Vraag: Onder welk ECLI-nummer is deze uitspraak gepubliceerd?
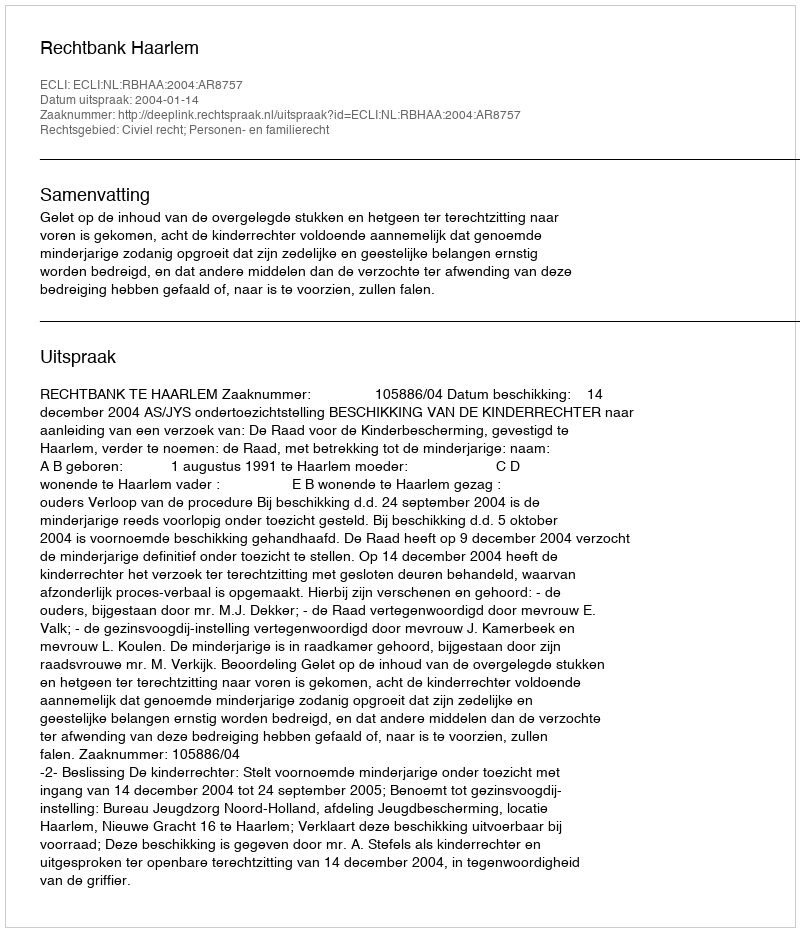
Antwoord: ECLI:NL:RBHAA:2004:AR8757